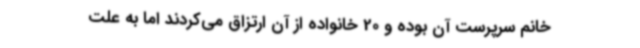
خانم سرپرست آن بوده و 20 خانواده از آن ارتزاق می‌کردند اما به علت